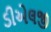
ડીએલજી